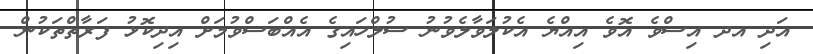
އަދި އދ އިސްވެ އޮވެ އިއްޔެ އެކުލަވާލެވުނު ސުލްހައިގެ އެއްބަސްވުމަށް އިދިކޮޅު ފަރާތްތަކުން